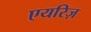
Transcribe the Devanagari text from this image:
एयरिज़